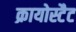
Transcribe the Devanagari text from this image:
क्रायोस्टैट